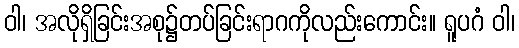
ဝါ၊ အလိုရှိခြင်းအစု၌တပ်ခြင်းရာဂကိုလည်းကောင်း။ ရူပဂံ ဝါ၊